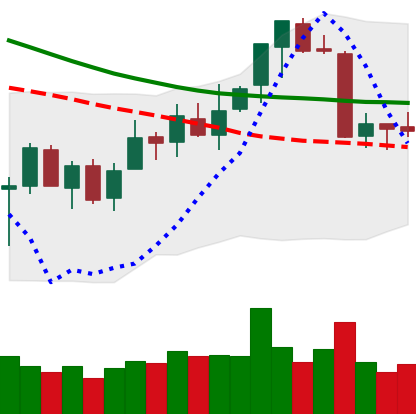
Ticker: ETC-USD
Chart end date: 2018-07-13
Forward return: 6.793%
Label: up_5_7